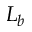
L _ { b }